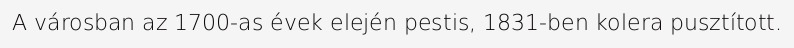
A városban az 1700-as évek elején pestis, 1831-ben kolera pusztított.